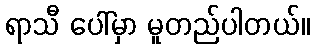
ရာသီ ပေါ်မှာ မူတည်ပါတယ်။